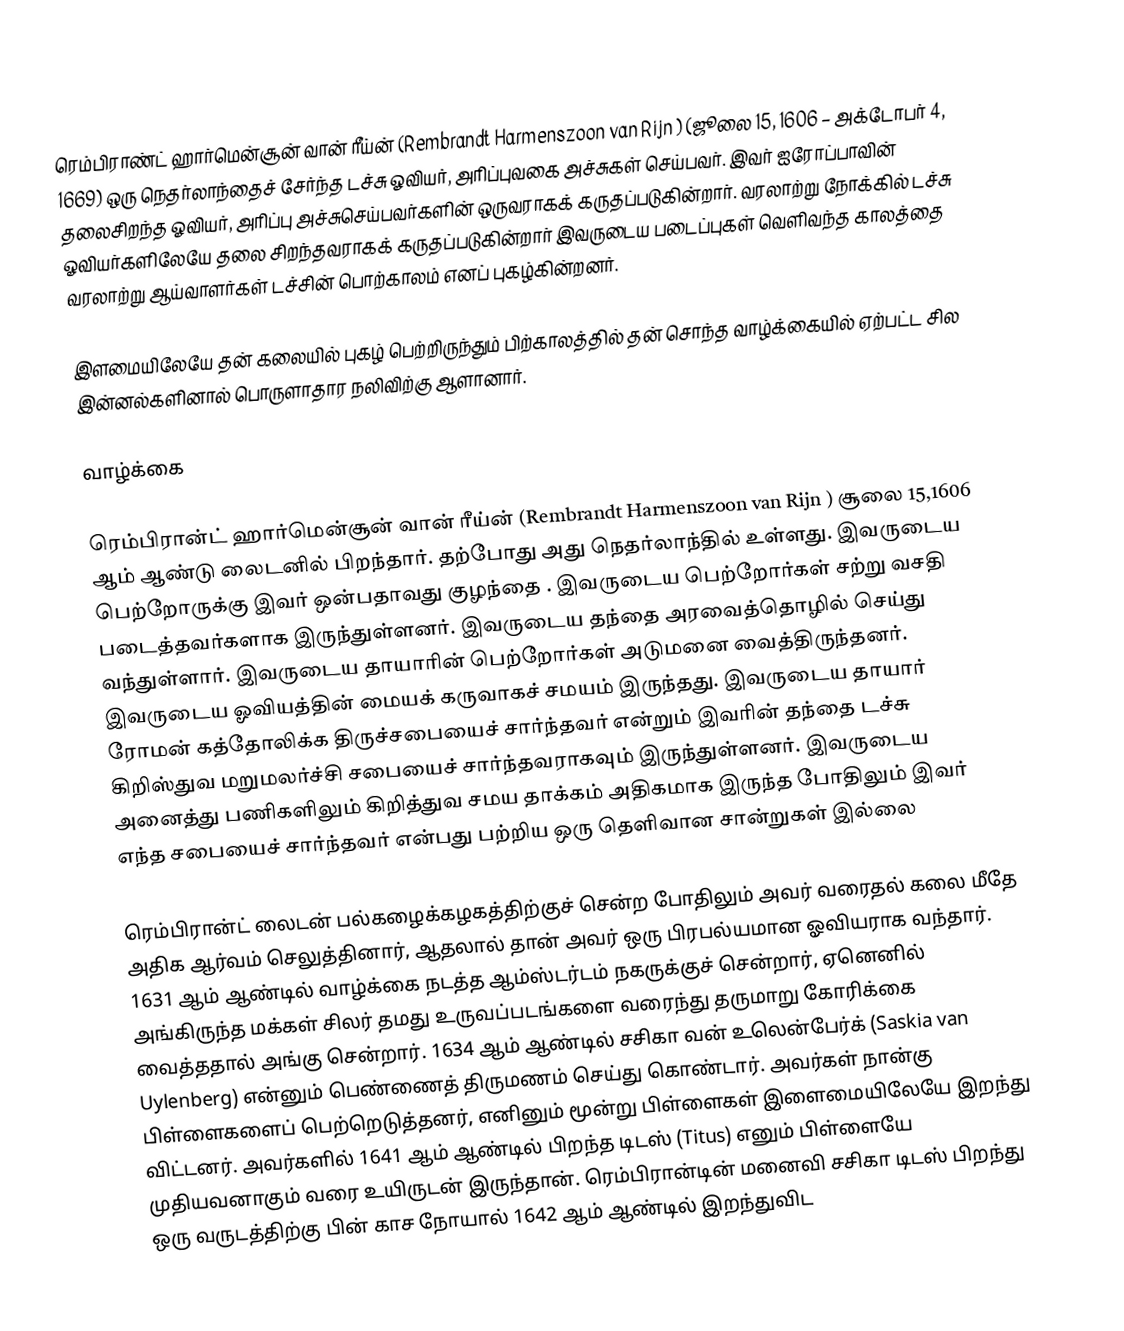
ரெம்பிராண்ட் ஹார்மென்சூன் வான் ரீய்ன் (Rembrandt Harmenszoon van Rijn ) (ஜூலை 15, 1606 – அக்டோபர் 4, 1669) ஒரு நெதர்லாந்தைச் சேர்ந்த டச்சு ஓவியர், அரிப்புவகை அச்சுகள் செய்பவர். இவர் ஐரோப்பாவின் தலைசிறந்த ஓவியர், அரிப்பு அச்சுசெய்பவர்களின் ஒருவராகக் கருதப்படுகின்றார். வரலாற்று நோக்கில் டச்சு ஓவியர்களிலேயே தலை சிறந்தவராகக் கருதப்படுகின்றார் இவருடைய படைப்புகள் வெளிவந்த காலத்தை வரலாற்று ஆய்வாளர்கள் டச்சின் பொற்காலம் எனப் புகழ்கின்றனர்.

இளமையிலேயே தன் கலையில் புகழ் பெற்றிருந்தும் பிற்காலத்தில் தன் சொந்த வாழ்க்கையில் ஏற்பட்ட சில இன்னல்களினால் பொருளாதார நலிவிற்கு ஆளானார்.

வாழ்க்கை

ரெம்பிரான்ட் ஹார்மென்சூன் வான் ரீய்ன்  (Rembrandt Harmenszoon van Rijn ) சூலை 15,1606 ஆம் ஆண்டு லைடனில் பிறந்தார். தற்போது அது நெதர்லாந்தில் உள்ளது. இவருடைய பெற்றோருக்கு இவர் ஒன்பதாவது குழந்தை . இவருடைய பெற்றோர்கள் சற்று வசதி படைத்தவர்களாக இருந்துள்ளனர். இவருடைய தந்தை அரவைத்தொழில் செய்து வந்துள்ளார். இவருடைய தாயாரின் பெற்றோர்கள் அடுமனை வைத்திருந்தனர். இவருடைய ஓவியத்தின் மையக் கருவாகச் சமயம் இருந்தது. இவருடைய தாயார் ரோமன் கத்தோலிக்க திருச்சபையைச் சார்ந்தவர் என்றும் இவரின் தந்தை டச்சு கிறிஸ்துவ மறுமலர்ச்சி சபையைச் சார்ந்தவராகவும் இருந்துள்ளனர். இவருடைய அனைத்து பணிகளிலும் கிறித்துவ சமய தாக்கம் அதிகமாக இருந்த போதிலும் இவர் எந்த சபையைச் சார்ந்தவர் என்பது பற்றிய ஒரு தெளிவான சான்றுகள் இல்லை

ரெம்பிரான்ட் லைடன் பல்கழைக்கழகத்திற்குச் சென்ற போதிலும் அவர் வரைதல் கலை மீதே அதிக ஆர்வம் செலுத்தினார், ஆதலால் தான் அவர் ஒரு பிரபல்யமான ஓவியராக வந்தார். 1631 ஆம் ஆண்டில் வாழ்க்கை நடத்த ஆம்ஸ்டர்டம் நகருக்குச் சென்றார், ஏனெனில் அங்கிருந்த மக்கள் சிலர் தமது உருவப்படங்களை வரைந்து தருமாறு கோரிக்கை வைத்ததால் அங்கு சென்றார். 1634 ஆம் ஆண்டில் சசிகா வன் உலென்பேர்க் (Saskia van Uylenberg) என்னும் பெண்ணைத் திருமணம் செய்து கொண்டார். அவர்கள் நான்கு பிள்ளைகளைப் பெற்றெடுத்தனர், எனினும் மூன்று பிள்ளைகள் இளைமையிலேயே இறந்து விட்டனர். அவர்களில் 1641 ஆம் ஆண்டில் பிறந்த டிடஸ் (Titus) எனும் பிள்ளையே முதியவனாகும் வரை உயிருடன் இருந்தான். ரெம்பிரான்டின் மனைவி சசிகா டிடஸ் பிறந்து ஒரு வருடத்திற்கு பின் காச நோயால் 1642 ஆம் ஆண்டில் இறந்துவிட